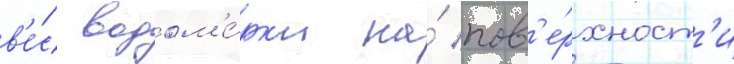
в'е́с водом'е́рк'и на́ пов'е́рхност'и